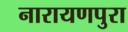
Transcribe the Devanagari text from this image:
नारायणपुरा